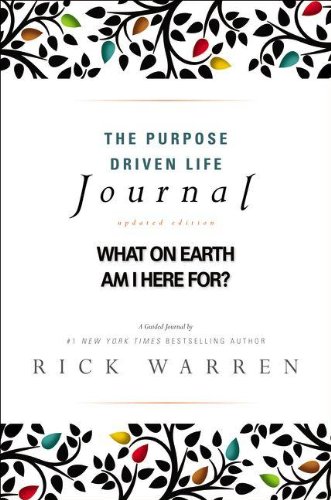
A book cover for The Purpose Driven Life Journal: What on Earth Am I Here For?; Rick Warren; Christian Books & Bibles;